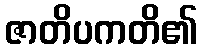
ဇာတိပကတိ၏